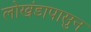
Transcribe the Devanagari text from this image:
लोखंडापासुन